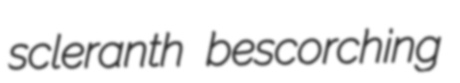
scleranth bescorching